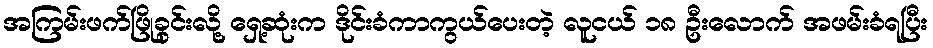
အကြမ်းဖက်ဖြိုခွင်းလို့ ရှေ့ဆုံးက ဒိုင်းခံကာကွယ်ပေးတဲ့ လူငယ် ၁၈ ဦးလောက် အဖမ်းခံရပြီး